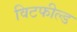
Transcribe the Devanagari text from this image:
विटफील्ड